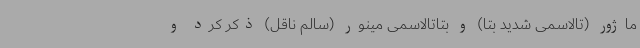
ماژور (تالاسمی شدید بتا) و بتاتالاسمی مینور (سالم ناقل) ذکر کرد و